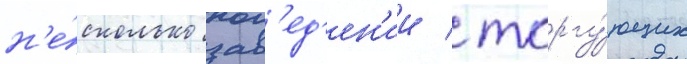
н'е́сколько зав'ед'ен'ии / торгу́ющих